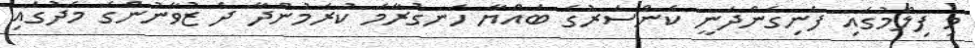
މި ފިލްމުގައި ފެނިގެންދަނީ ކެންސަރުގެ ބައްޔާ ހަނގުރާމަ ކުރަމުންދާ ދެ ޒުވާނުންގެ މެދުގައި